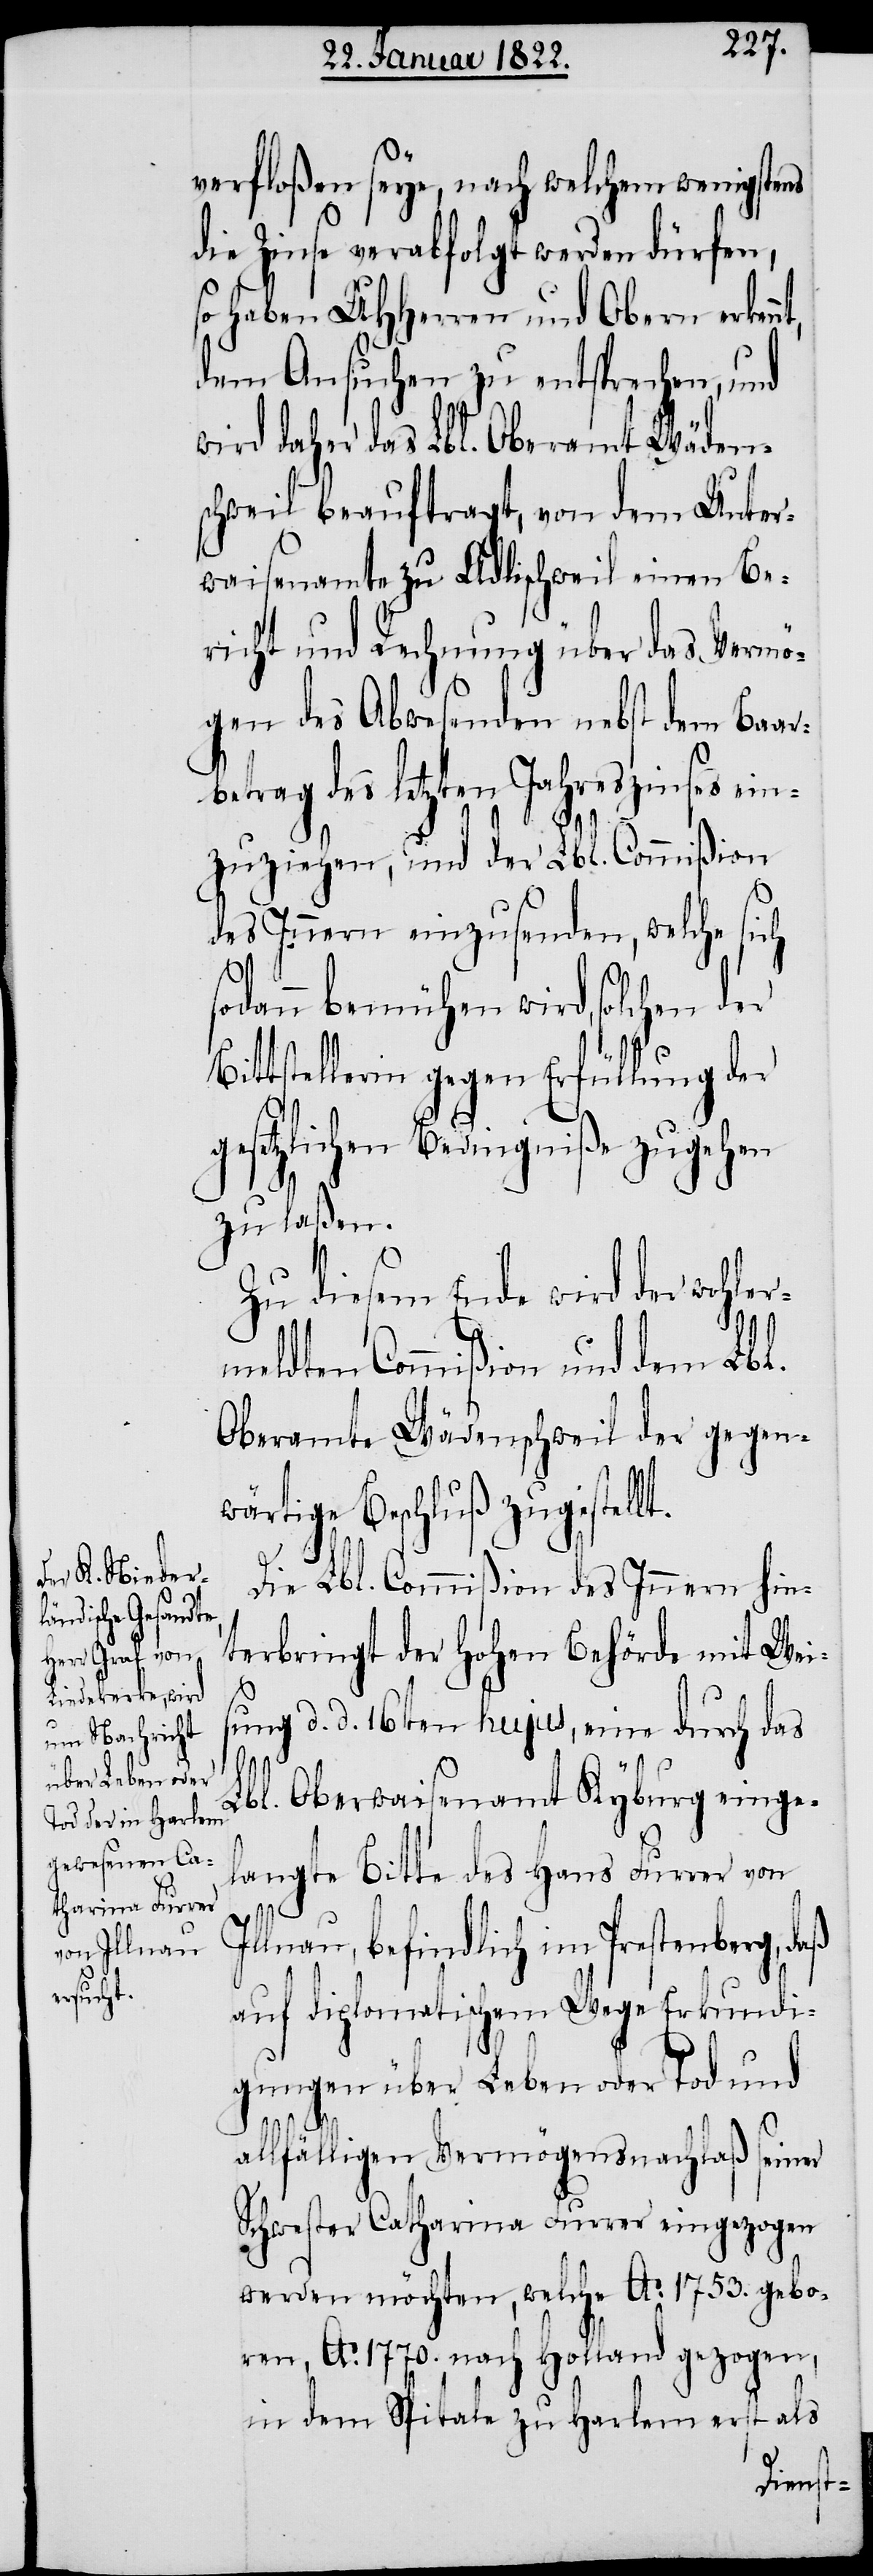
verfloßen seye, nach welchem wenigstens
die Zinse verabfolgt werden dürfen,
haben UHHerren und Obern erken¬
dem Ansuchen zu entsprechen, und
wird daher das Lbl. Oberamt Wäden¬
schweil beauftragt, von dem Unter¬
waisenamte zu Adlischweil einen Be¬
richt und Rechnung über das Vermö¬
gen des Abwesenden nebst dem Baar¬
betrag des letzten Jahreszinses ein¬
zuziehen, und der Lbl. Commißion
des Innern einzusenden, welche sich
odann bemühen wird, solchen der
ittstellerin gegen Erfüllung der
gesetzlichen Bedingniße zugehen
zu laßen.
Zu diesem Ende wird der wohler¬
meldten Commißion und dem Lbl.
Oberamte Wädenschweil der gegen¬
wärtige Beschluß zugestellt.
Die Lbl. Commißion des Innern hin¬
terbringt der hohen Behörde mit Wei¬
sung d. d. 16ten hujus, eine durch das
B¬
Lbl. Oberwaisenamt Kyburg einge¬
langte Bitte des Hans Furrer von
Illnau, befindlich im Prestenberg, daß
auf diplomatischem Wege Erkundi¬
gungen über Leben oder Tod und
allfälligen Vermögensnachlaß seiner
Schwester Catharina Furrer eingezogen
werden möchten, welche Ao. 1753. gebo¬
ren, Ao. 1770 nach Holland gezogen,
in dem Spitale zu Harlem erst als